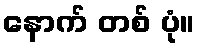
နောက် တစ် ပုံ။